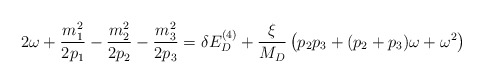
\begin{align*}2\omega + \frac{m_1^2}{2p_1} - \frac{m_2^2}{2p_2} - \frac{m_3^2}{2p_3} = \delta E_D^{(4)} + \frac{\xi}{M_D}\left(p_2 p_3 + (p_2 + p_3 )\omega + \omega^2 \right)\end{align*}